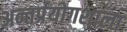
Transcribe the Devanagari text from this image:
अन्तर्प्रयोगशाला